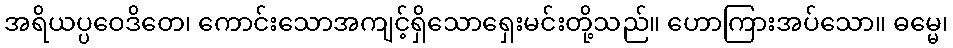
အရိယပ္ပဝေဒိတေ၊ ကောင်းသောအကျင့်ရှိသောရှေးမင်းတို့သည်။ ဟောကြားအပ်သော။ ဓမ္မေ၊